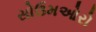
સોઉમઓરો